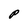
Character: P